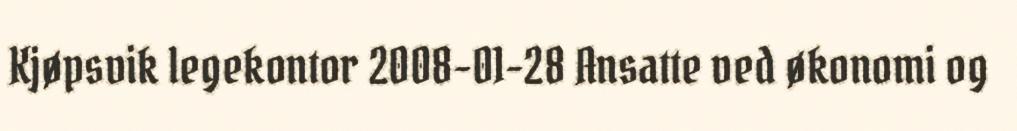
Kjøpsvik legekontor 2008-01-28 Ansatte ved økonomi og